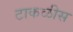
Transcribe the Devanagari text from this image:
टाकळीस